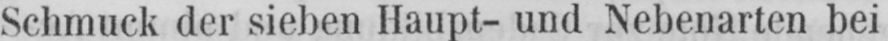
Schmuck der sieben Haupt- und Nebenarten bei